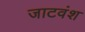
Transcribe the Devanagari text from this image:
जाटवंश